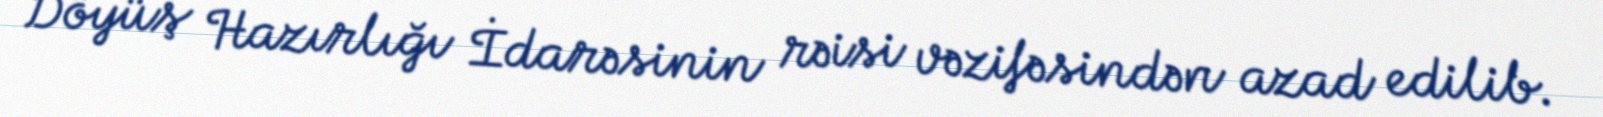
Döyüş Hazırlığı İdarəsinin rəisi vəzifəsindən azad edilib.